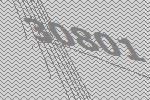
30801